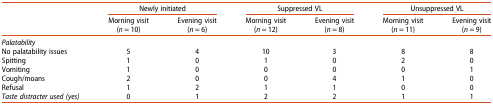
<table><thead><tr><td>[EMPTY_CELL]</td><td colspan="2"><b>Newly initiated</b></td><td colspan="2"><b>Suppressed VL</b></td><td colspan="2"><b>Unsuppressed VL</b></td></tr><tr><td>[EMPTY_CELL]</td><td><b>Morning visit (<i>n</i> = 10)</b></td><td><b>Evening visit (<i>n</i> = 6)</b></td><td><b>Morning visit (<i>n</i> = 12)</b></td><td><b>Evening visit (<i>n</i> = 8)</b></td><td><b>Morning visit (<i>n</i> = 11)</b></td><td><b>Evening visit (<i>n</i> = 9)</b></td></tr></thead><tbody><tr><td><i>Palatability</i></td><td>[EMPTY_CELL]</td><td>[EMPTY_CELL]</td><td>[EMPTY_CELL]</td><td>[EMPTY_CELL]</td><td>[EMPTY_CELL]</td><td>[EMPTY_CELL]</td></tr><tr><td>No palatability issues</td><td>5</td><td>4</td><td>10</td><td>3</td><td>8</td><td>8</td></tr><tr><td>Spitting</td><td>1</td><td>0</td><td>1</td><td>0</td><td>2</td><td>0</td></tr><tr><td>Vomiting</td><td>1</td><td>0</td><td>0</td><td>0</td><td>0</td><td>1</td></tr><tr><td>Cough/moans</td><td>2</td><td>0</td><td>0</td><td>4</td><td>1</td><td>0</td></tr><tr><td>Refusal</td><td>1</td><td>2</td><td>1</td><td>1</td><td>0</td><td>0</td></tr><tr><td><i>Taste distracter used (yes)</i></td><td>0</td><td>1</td><td>2</td><td>2</td><td>1</td><td>1</td></tr></tbody></table>